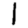
Digit: 1